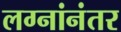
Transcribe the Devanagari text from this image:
लग्नांनंतर